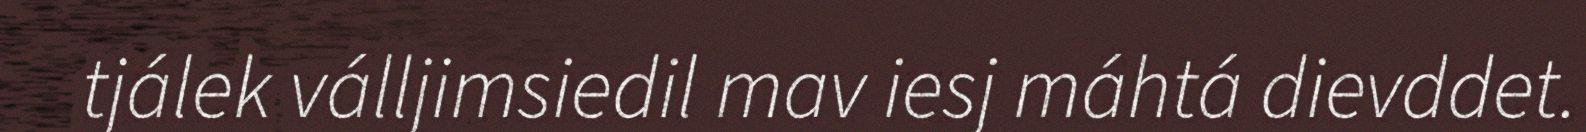
tjálek válljimsiedil mav iesj máhtá dievddet.